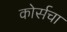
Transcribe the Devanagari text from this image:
कोर्सचा